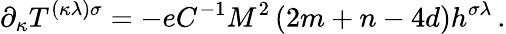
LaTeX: \partial_{\kappa}T^{(\kappa\lambda)\sigma}=-eC^{-1}M^{2}\left(2m+n-4d\right)h^{\sigma\lambda}\, .